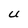
Character: U